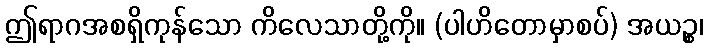
ဤရာဂအစရှိကုန်သော ကိလေသာတို့ကို။ (ပါဟိတောမှာစပ်) အယဉ္စ၊